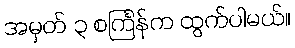
အမှတ် ၃ စင်္ကြန်က ထွက်ပါမယ်။